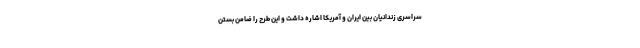
سراسری زندانیان بین ایران و آمریکا اشاره داشت و این طرح را ضامن بستن